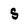
Character: S